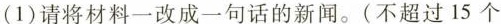
（1）请将材料一改成一句话的新闻。（不超过15个